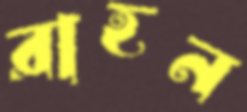
রাহন